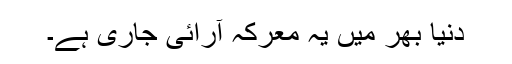
دنیا بھر میں یہ معرکہ آرائی جاری ہے۔